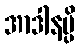
အာဒါနမ္ပိ